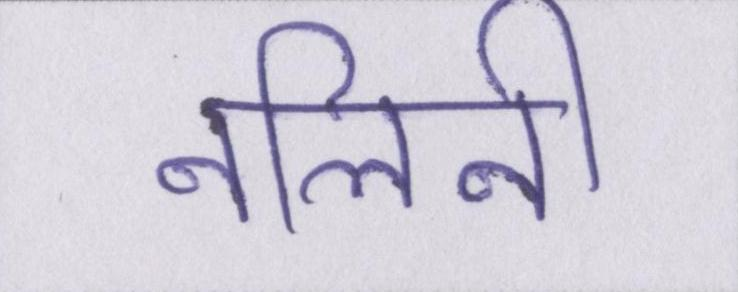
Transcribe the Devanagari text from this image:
नलिनी